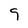
Character: 9